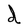
Character: d